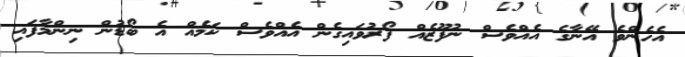
އެހެންވެ އޭނާގެ އެއްވެސް ނުފޫޒެއް ފޯރުވައިގެން އެއްވެސް ކަމެއް އެ ބޯޑުން ނިންމާފައި